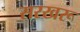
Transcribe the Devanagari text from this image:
सरखरू